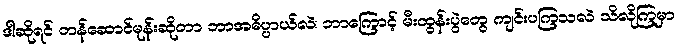
ဒါဆိုရင် တန်ဆောင်မုန်းဆိုတာ ဘာအဓိပ္ပ္ပာယ်လဲ၊ ဘာကြောင့် မီးထွန်းပွဲတွေ ကျင်းပကြသလဲ သိလိုကြမှာ